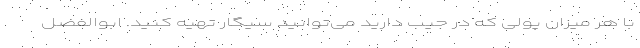
با هر میزان پولی که در جیب دارید می‌توانید سیگار تهیه کنید. ابوالفضل